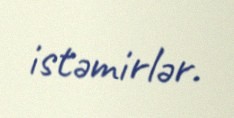
istəmirlər.